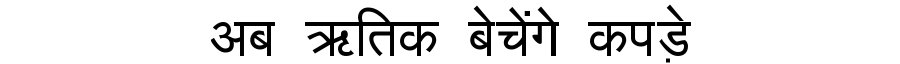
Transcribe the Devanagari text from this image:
अब ऋतिक बेचेंगे कपड़े